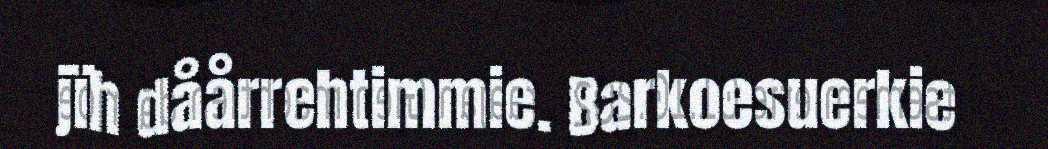
jïh dåårrehtimmie. Barkoesuerkie